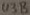
Text: U3B